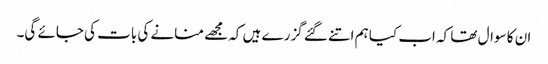
ان کا سوال تھا کہ اب کیا ہم اتنے گئے گزرے ہیں کہ مجھے منانے کی بات کی جائے گی۔